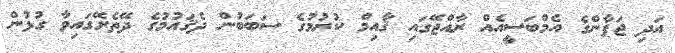
އަދި ޖަޕާންގެ އެމްބަސީއެއް ރާއްޖޭގައި ޤާއިމް ކުރުމުގެ ސަބަބުން ދެޤައުމުގެ ދޭތެރޭގައިވާ ގުޅުން